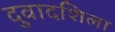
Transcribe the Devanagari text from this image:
दुवादशिला